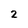
Character: 2